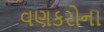
વણકરોના